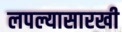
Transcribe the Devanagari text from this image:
लपल्यासारखी